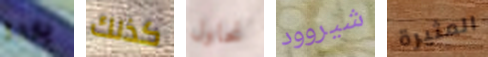
ياردة كذلك نحاول شيروود المثيرة